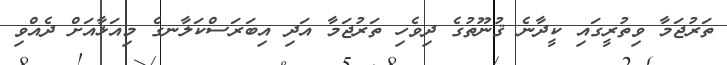
ތަރުޖަމާ ވިތުރީގައި ކީދާނެ ޤުނޫތުގެ ދިވެހި ތަރުޖަމާ އަދި އިބަރަސްކަލާނގެ މިއަޅާއަށް ދެއްވި